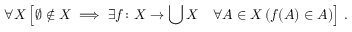
\forall X \left[ \varnothing \notin X \implies \exists f \colon X \rightarrow \bigcup X \quad \forall A \in X \, ( f ( A ) \in A ) \right] \, .